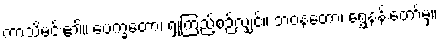
ကာသိမင်း၏။ ပေက္ခတော၊ ရှုကြည့်စဉ်လျှင်။ ဘဝနတော၊ ရွှေနန်းတော်မှ။